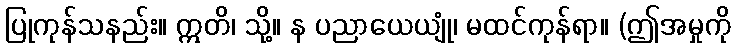
ပြုကုန်သနည်း။ ဣတိ၊ သို့။ န ပညာယေယျုံ၊ မထင်ကုန်ရာ။ (ဤအမှုကို